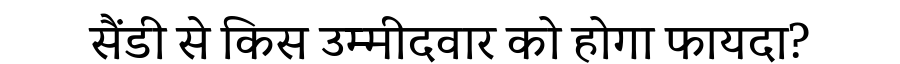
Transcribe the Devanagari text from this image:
सैंडी से किस उम्मीदवार को होगा फायदा?